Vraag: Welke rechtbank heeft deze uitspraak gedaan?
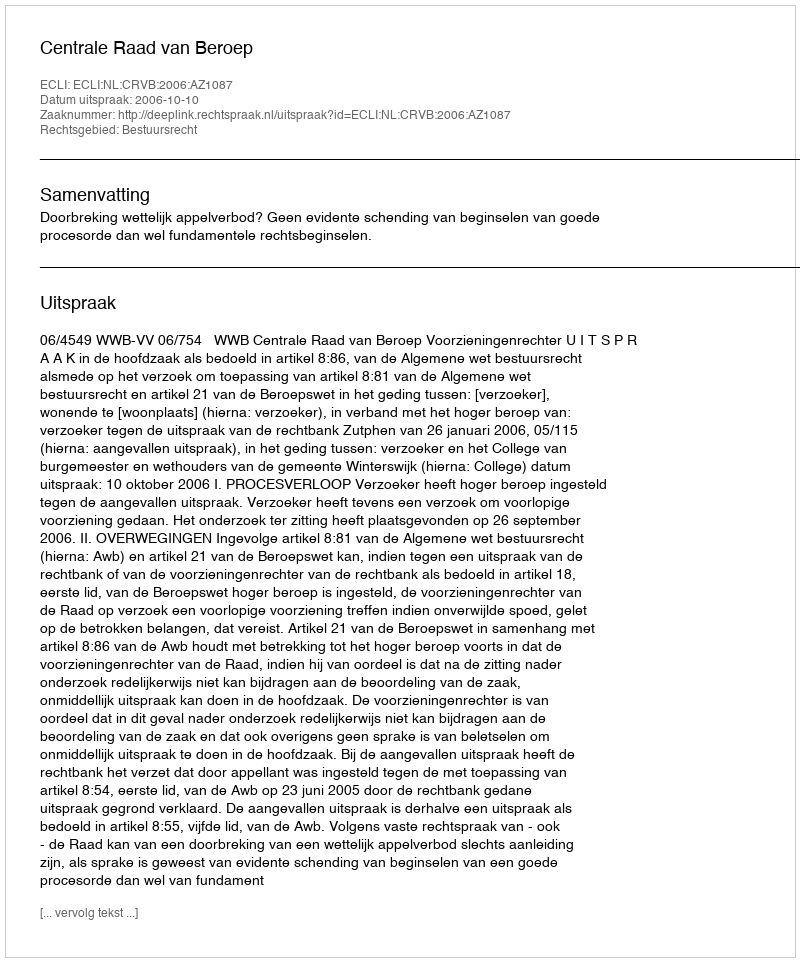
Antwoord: Centrale Raad van Beroep